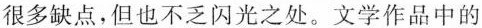
很多缺点，但也不乏闪光之处。文学作品中的